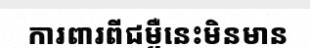
ការពារពីជម្ងឺនេះមិនមាន